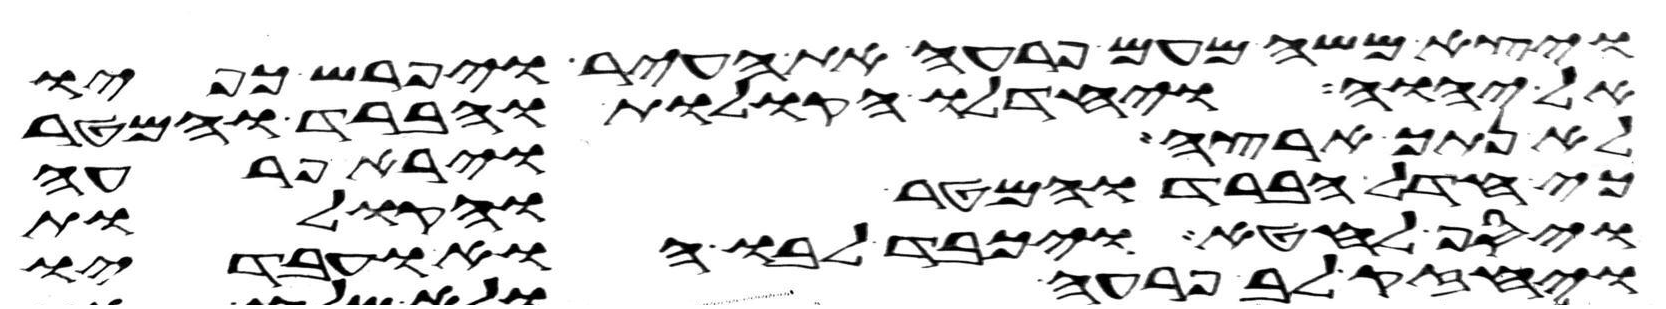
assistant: ויצא משה מעם פרעה את העיר ויפרש כפיו
אל יהוה ויחדלו הקולות והברד והמטר
לא נתך ארצה וירא פרעה
כי חדל הברד והמטר והקולות
ויסף לחטא ויכבד לבו הוא ועבדיו